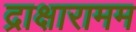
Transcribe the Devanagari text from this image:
द्राक्षारामम